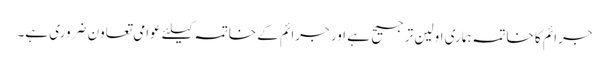
جرائم کا خاتمہ ہماری اولین ترجیح ہے اور جرائم کے خاتمہ کیلئے عوامی تعاون ضروری ہے۔